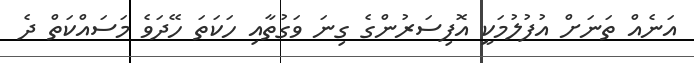
އަނެއް ތަނަށް އުފުލުމަކީ އޮފިސަރުންގެ ގިނަ ވަގުތާއި ހަކަތަ ހޭދަވެ މަސައްކަތް ދެ